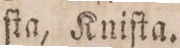
ſta, Kniſta.